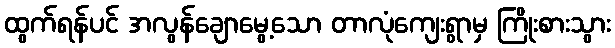
ထွက်ရန်ပင် အလွန်ချောမွေ့သော တာလုံကျေးရွာမှ ကြိုးစားသွား